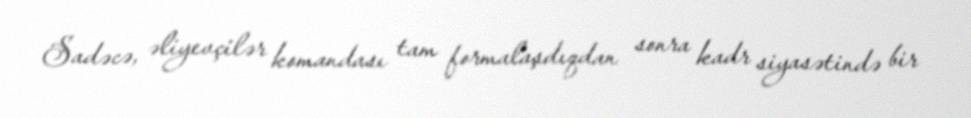
Sadəcə, əliyevçilər komandası tam formalaşdıqdan sonra kadr siyasətində bir